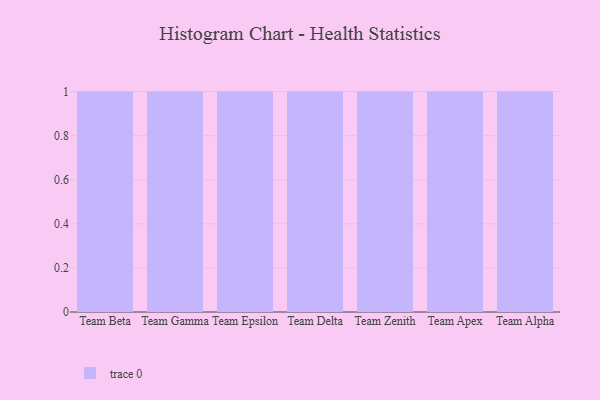
{"axis": {"x": "Team", "y": "Net Income (USD K)"}, "legend": [""], "data": [{"x": "Team Beta", "y": 54, "type": ""}, {"x": "Team Gamma", "y": 70, "type": ""}, {"x": "Team Epsilon", "y": 81, "type": ""}, {"x": "Team Delta", "y": 48, "type": ""}, {"x": "Team Zenith", "y": 12, "type": ""}, {"x": "Team Apex", "y": 53, "type": ""}, {"x": "Team Alpha", "y": 85, "type": ""}]}